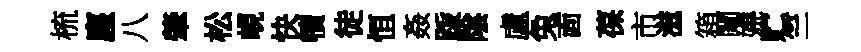
梳塵八肇松峴快犢徒恒姦䟦隂盧兔靣葆市滋箱闚嬈贮竺